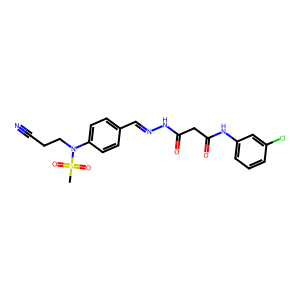
SMILES: CS(=O)(=O)N(CCC#N)c1ccc(C=NNC(=O)CC(=O)Nc2cccc(Cl)c2)cc1
Inhibits HIV replication: No